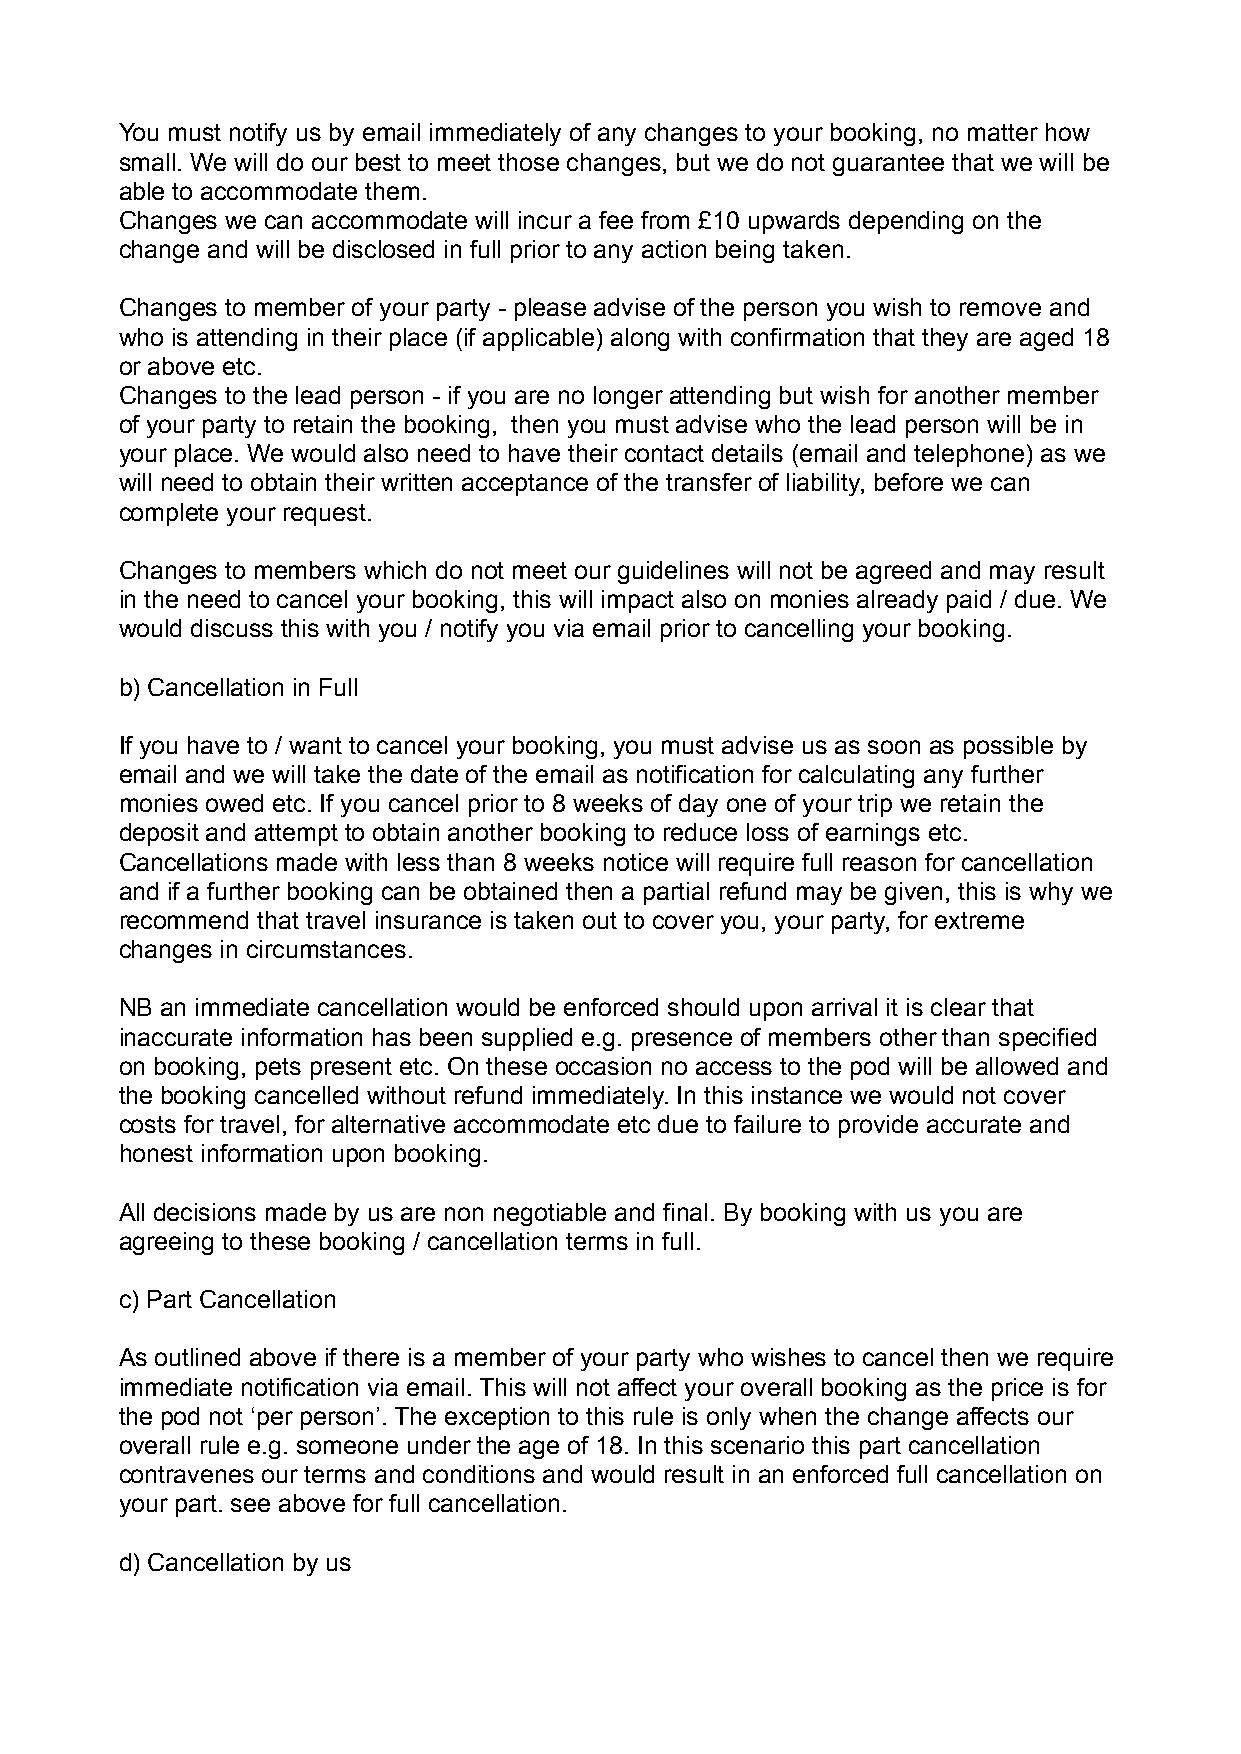
You must notify us by email immediately of any changes to your booking, no matter how
 small. We will do our best to meet those changes, but we do not guarantee that we will be
 able to accommodate them.
 Changes we can accommodate will incur a fee from £10 upwards depending on the
 change and will be disclosed in full prior to any action being taken.
 Changes to member of your party - please advise of the person you wish to remove and
 who is attending in their place (if applicable) along with confirmation that they are aged 18
 or above etc.
 Changes to the lead person - if you are no longer attending but wish for another member
 of your party to retain the booking, then you must advise who the lead person will be in
 your place. We would also need to have their contact details (email and telephone) as we
 will need to obtain their written acceptance of the transfer of liability, before we can
 complete your request.
 Changes to members which do not meet our guidelines will not be agreed and may result
 in the need to cancel your booking, this will impact also on monies already paid / due. We
 would discuss this with you / notify you via email prior to cancelling your booking.
 b) Cancellation in Full
 If you have to / want to cancel your booking, you must advise us as soon as possible by
 email and we will take the date of the email as notification for calculating any further
 monies owed etc. If you cancel prior to 8 weeks of day one of your trip we retain the
 deposit and attempt to obtain another booking to reduce loss of earnings etc.
 Cancellations made with less than 8 weeks notice will require full reason for cancellation
 and if a further booking can be obtained then a partial refund may be given, this is why we
 recommend that travel insurance is taken out to cover you, your party, for extreme
 changes in circumstances.
 NB an immediate cancellation would be enforced should upon arrival it is clear that
 inaccurate information has been supplied e.g. presence of members other than specified
 on booking, pets present etc. On these occasion no access to the pod will be allowed and
 the booking cancelled without refund immediately. In this instance we would not cover
 costs for travel, for alternative accommodate etc due to failure to provide accurate and
 honest information upon booking.
 All decisions made by us are non negotiable and final. By booking with us you are
 agreeing to these booking / cancellation terms in full.
 c) Part Cancellation
 As outlined above if there is a member of your party who wishes to cancel then we require
 immediate notification via email. This will not affect your overall booking as the price is for
 the pod not ‘per person’. The exception to this rule is only when the change affects our
 overall rule e.g. someone under the age of 18. In this scenario this part cancellation
 contravenes our terms and conditions and would result in an enforced full cancellation on
 your part. see above for full cancellation.
 d) Cancellation by us